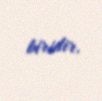
biridir.